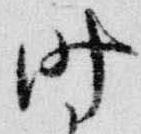
時